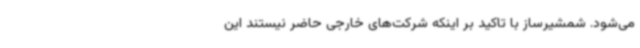
می‌شود. شمشیرساز با تاکید بر اینکه شرکت‌های خارجی حاضر نیستند این